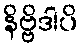
နိဗ္ဗိဒါပိ